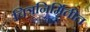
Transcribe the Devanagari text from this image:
चित्रनिर्मितीत